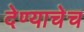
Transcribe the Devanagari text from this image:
देण्याचेच